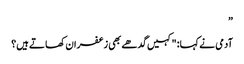
”
آدمی نے کہا: "کہیں گدھے بھی زعفران کھاتے ہیں؟